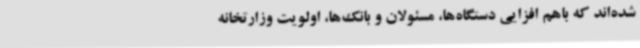
شده‌اند که باهم افزایی دستگاه‌ها، مسئولان و بانک‌ها، اولویت وزارتخانه